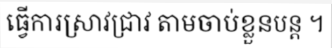
ធ្វើការស្រាវជ្រាវ តាមចាប់ខ្លួនបន្ត ។